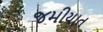
જમીયાત